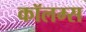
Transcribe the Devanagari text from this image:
कॉलम्स